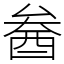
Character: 𨠒